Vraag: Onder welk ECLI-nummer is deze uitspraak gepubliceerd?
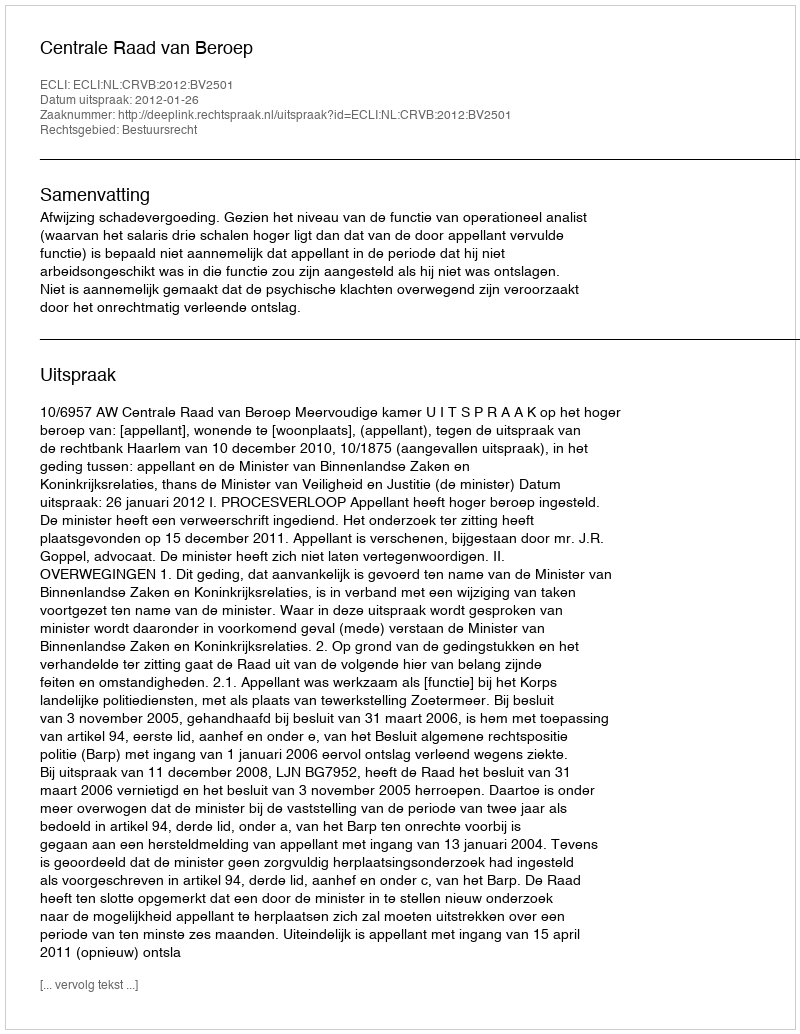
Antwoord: ECLI:NL:CRVB:2012:BV2501